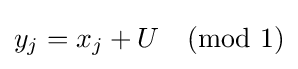
y_{j}=x_{j}+U{\pmod {1}}